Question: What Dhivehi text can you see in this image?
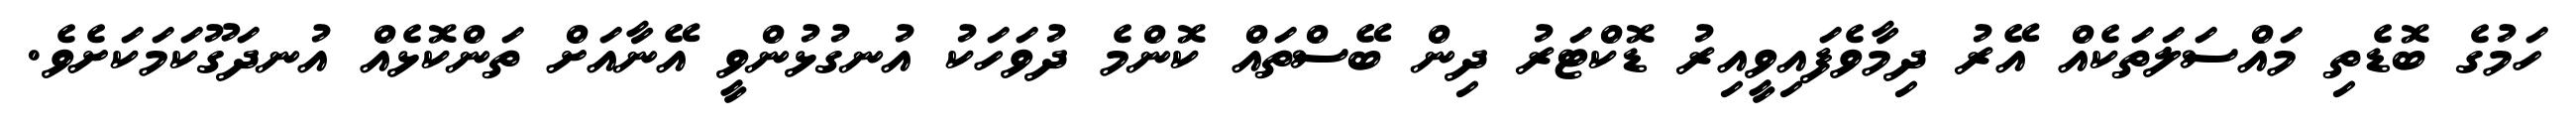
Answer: ހަމުގެ ބޮޑެތި މައްސަލަތަކެއް އޭރު ދިމާވެފައިވީއިރު ޑޮކްޓަރު ދިން ބޭސްތައް ކޮންމެ ދުވަހަކު އުނގުޅުންވީ އޭނާއަށް ތަންކޮޅެއް އުނދަގޫކަމަކަށެވެ.